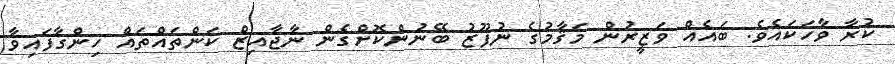
ކުރާ ވާހަކައެވެ. ބައެއް ވަޒީރުން މަޤާމުގެ ނުފޫޒު ބޭނުންކޮށްގެން ނާޖާއިޒް ކަންތައްތައް ހިންގާފައިވާ